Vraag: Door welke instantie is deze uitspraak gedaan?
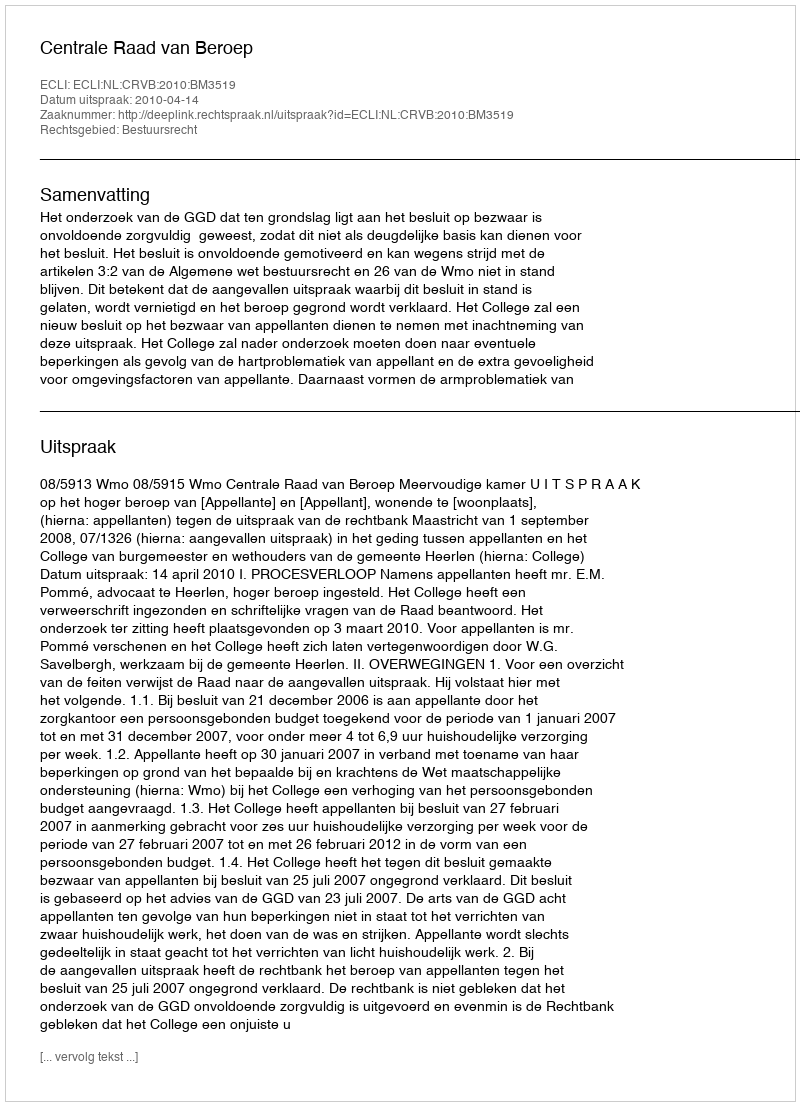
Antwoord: Centrale Raad van Beroep